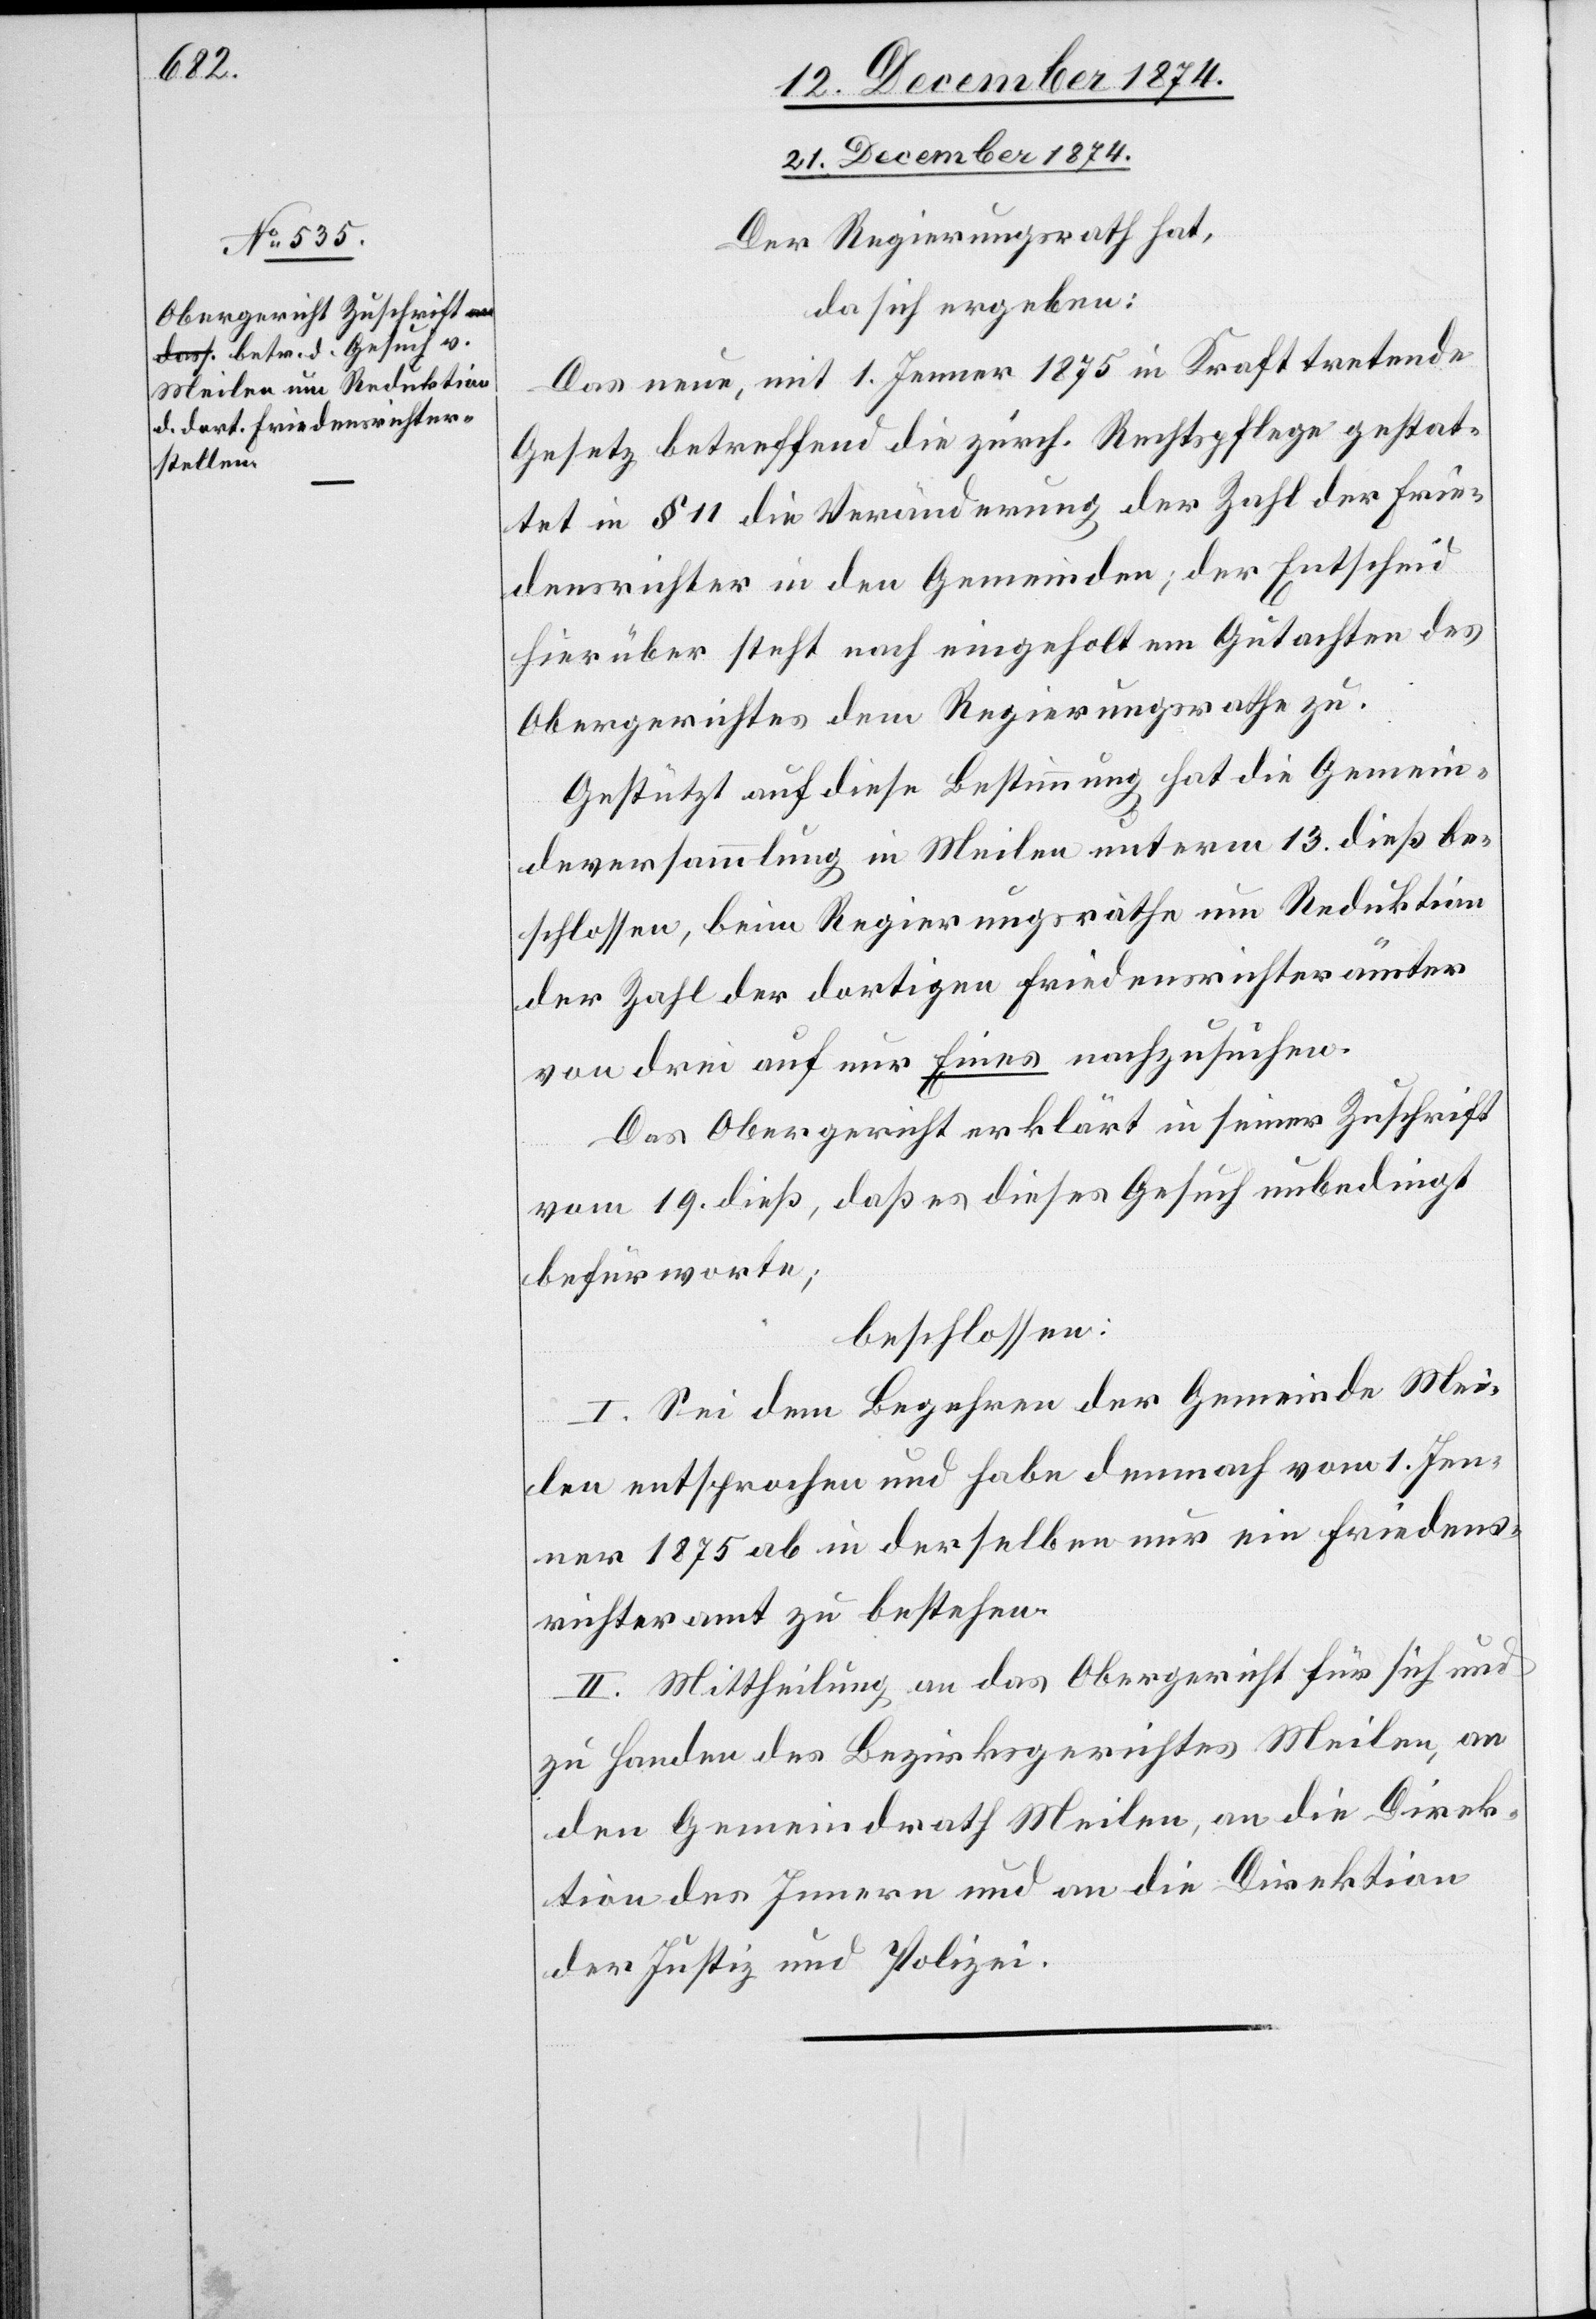
21. Dezember 1874.
Der Regierungsrath hat,
da sich ergeben:
Das neue, mit 1. Jenner 1875 in Kraft tretende
Gesetz betreffend die zürch. Rechtspflege gestat¬
tet in § 11 die Veränderung der Zahl der Frie¬
densrichter in den Gemeinden; der Entscheid
hierüber steht nach eingeholtem Gutachten des
Obergerichtes dem Regierungsrathe zu.
Gestützt auf diese Bestimmung hat die Gemein¬
deversammlung in Meilen unterm 13. dieß be¬
schlossen, beim Regierungsrathe um Reduktion
der Zahl der dortigen Friedensrichterämter
von drei auf nur Eines nachzusuchen.
Das Obergericht erklärt in seiner Zuschrift
vom 19. dieß, daß es dieses Gesuch unbedingt
befürworte;
beschlossen:
I. Sei dem Begehren der Gemeinde Mei¬
len entsprochen und habe demnach vom 1. Jen¬
ner 1875 ab in derselben nur ein Friedens¬
richteramt zu bestehen.
II. Mittheilung an das Obergericht für sich und
zu Handen des Bezirksgerichtes Meilen, an
den Gemeindrath Meilen, an die Direk¬
tion des Innern und an die Direktion
der Justiz und Polizei.